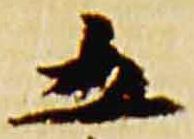
五